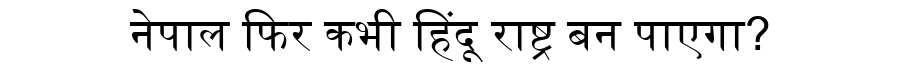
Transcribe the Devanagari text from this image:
नेपाल फिर कभी हिंदू राष्ट्र बन पाएगा?